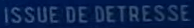
ISSUE DE DÉTRESSE